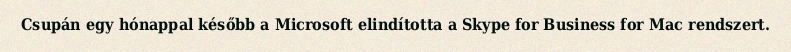
Csupán egy hónappal később a Microsoft elindította a Skype for Business for Mac rendszert.